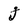
Character: j